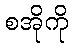
စအိုကို